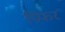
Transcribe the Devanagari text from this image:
प्रिफर